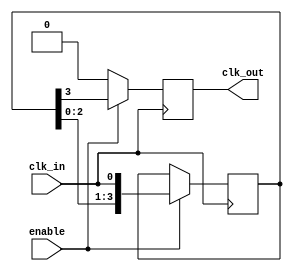
module delay_clock_buffer #(
    parameter DELAY_STAGES = 4  // Number of D flip-flops for delay
)(
    input wire clk_in,           // Input clock signal
    input wire enable,           // Enable signal
    output reg clk_out           // Delayed output clock signal
);

    // Internal signals for the delay line
    reg [DELAY_STAGES-1:0] delay_line;

    // Sequential logic to implement the delay line
    always @(posedge clk_in) begin
        if (enable) begin
            // Shift the clock through the delay line
            delay_line <= {delay_line[DELAY_STAGES-2:0], clk_in};
        end
    end

    // Assign the last stage of the delay line to the output
    always @(posedge clk_in) begin
        if (enable) begin
            clk_out <= delay_line[DELAY_STAGES-1]; // Output the last delayed clock
        end else begin
            clk_out <= 1'b0; // Hold the output low if not enabled
        end
    end

endmodule